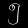
Digit: ၅